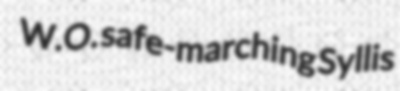
W.O. safe-marching Syllis